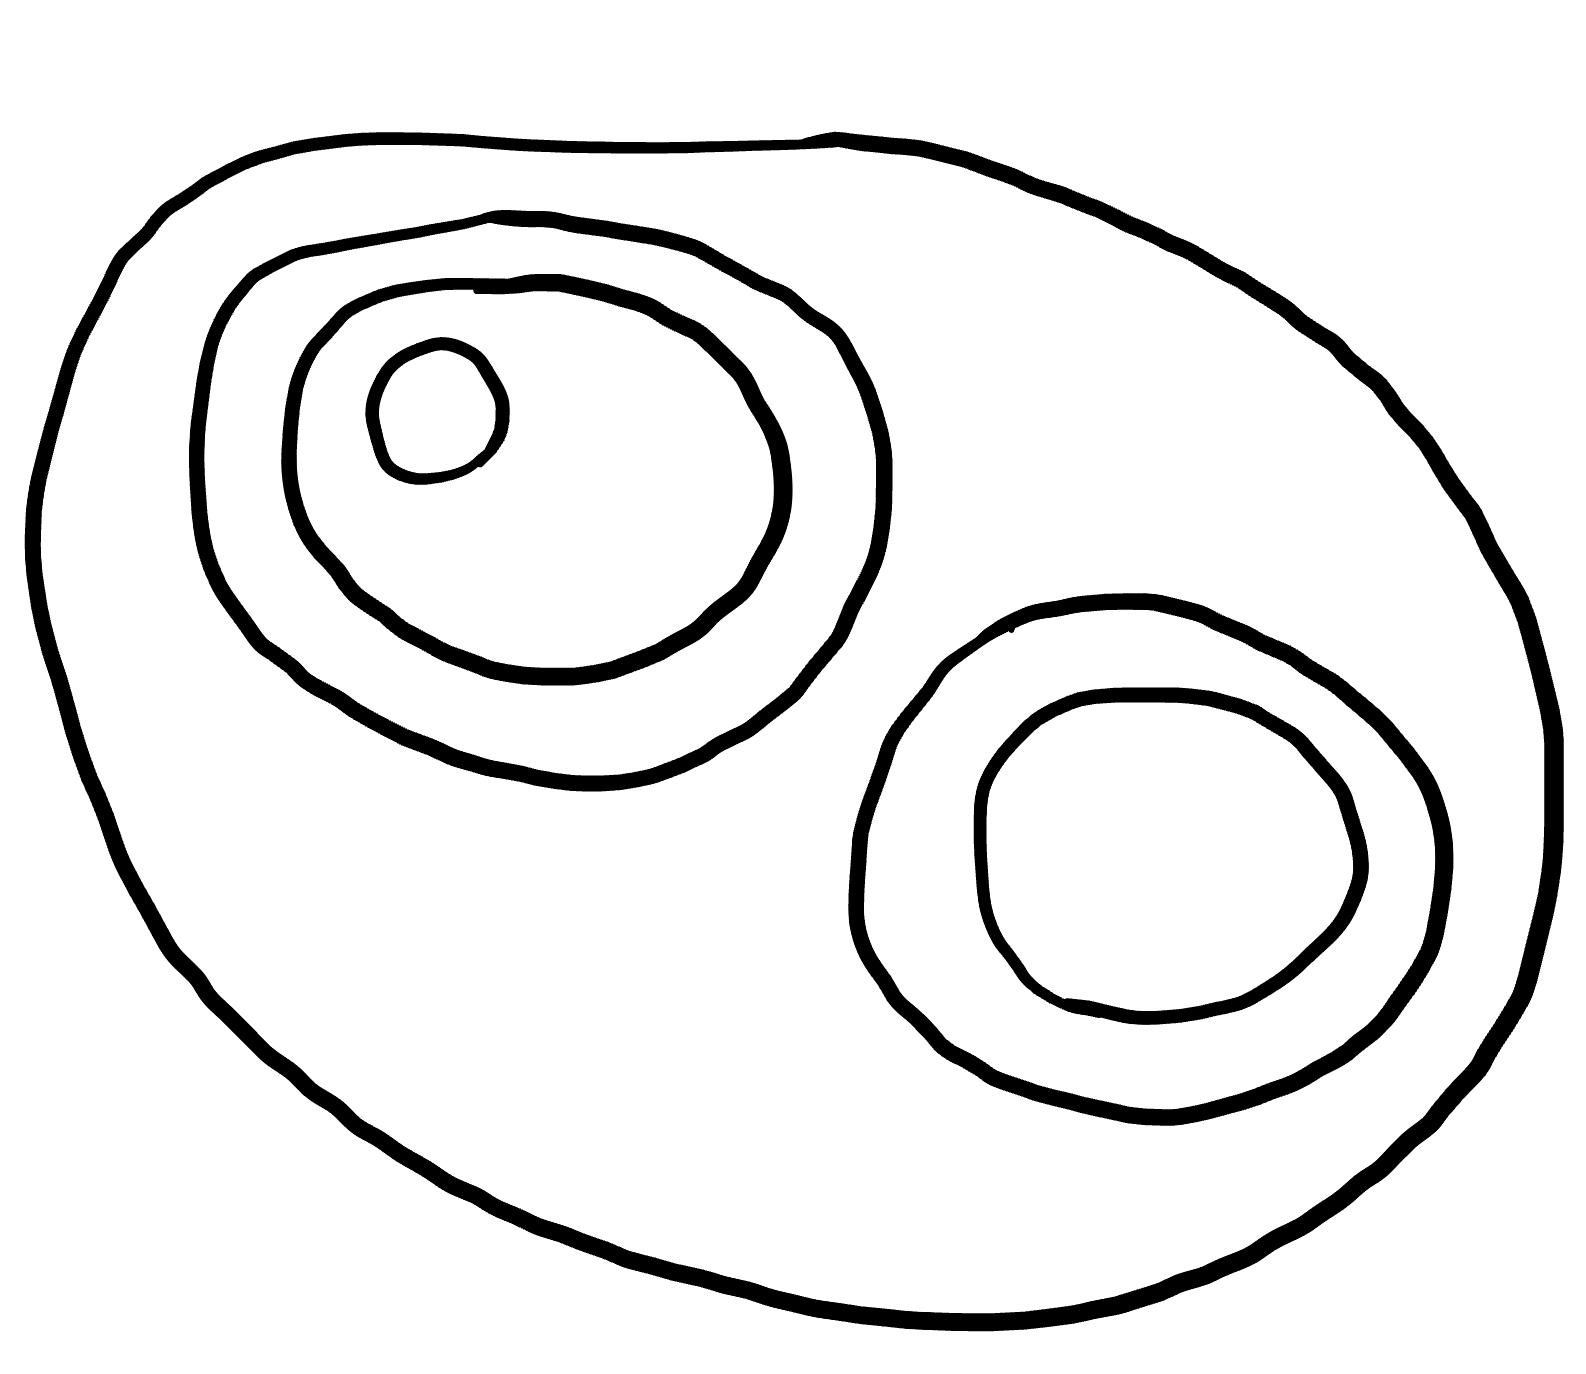
Number of regions (including the outer root region): 7
Containment tree edges (parent, child): 0, 1, 1, 2, 1, 4, 2, 3, 4, 5, 5, 6